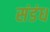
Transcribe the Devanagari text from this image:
संडंध